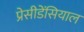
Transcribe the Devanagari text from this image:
प्रेसीडेंसियाल